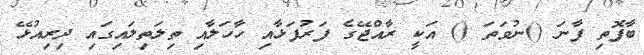
ބާފޮތި ފާނަ ()ނުވަތަ () އަކީ ރާއްޖޭގެ ފަރުފަޅާއި ހާހަލާއި ތިލަތިލައިގައި ދިރިއުޅޭ